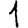
Digit: 1